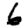
Digit: 6